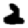
Digit: 2